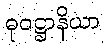
ဓုဝဋ္ဌာနိယာ